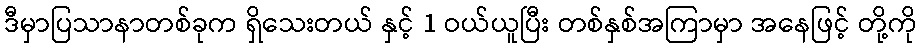
ဒီမှာပြသာနာတစ်ခုက ရှိသေးတယ် နှင့် 1 ဝယ်ယူပြီး တစ်နှစ်အကြာမှာ အနေဖြင့် တို့ကို